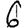
Digit: 6